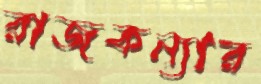
রাজকন্যার